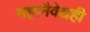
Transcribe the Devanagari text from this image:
महानैवेद्यही